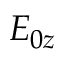
E _ { 0 z }